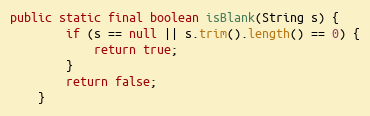
Language: Java
public static final boolean isBlank(String s) {
		if (s == null || s.trim().length() == 0) {
			return true;
		}
		return false;
	}